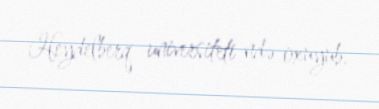
Heydelberq universiteti ndə oxuyub.